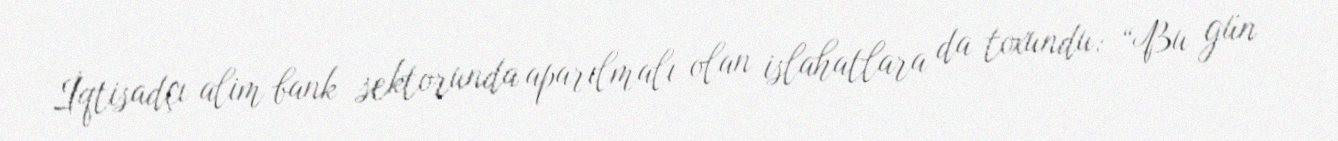
İqtisadçı alim bank sektorunda aparılmalı olan islahatlara da toxundu: “Bu gün